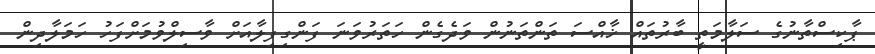
ޕާކިސްތާނުގެ ސަލާމަތީ ބާރުތައް ޚާއްސަ ތަންތަނުން ވަދެގެން ހަތަރުވަނަ ފަންގިފިލާއަށް ވާސިލްވުމަށްފަހު ހަމަލާދިން